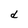
Character: d